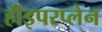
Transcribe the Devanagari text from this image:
हीइपरप्लेन